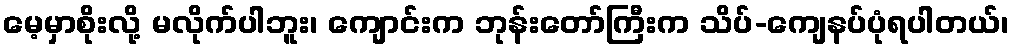
မေ့မှာစိုးလို့ မလိုက်ပါဘူး၊ ကျောင်းက ဘုန်းတော်ကြီးက သိပ်-ကျေနပ်ပုံရပါတယ်၊